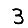
Digit: 3